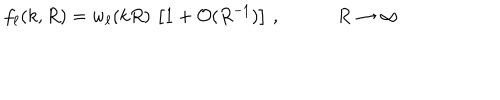
LaTeX: f _ { \ell } ( k , R ) = w _ { \ell } ( k R ) \, \left[ 1 + \mathcal { O } ( R ^ { - 1 } ) \right] \, , \qquad \quad R \to \infty